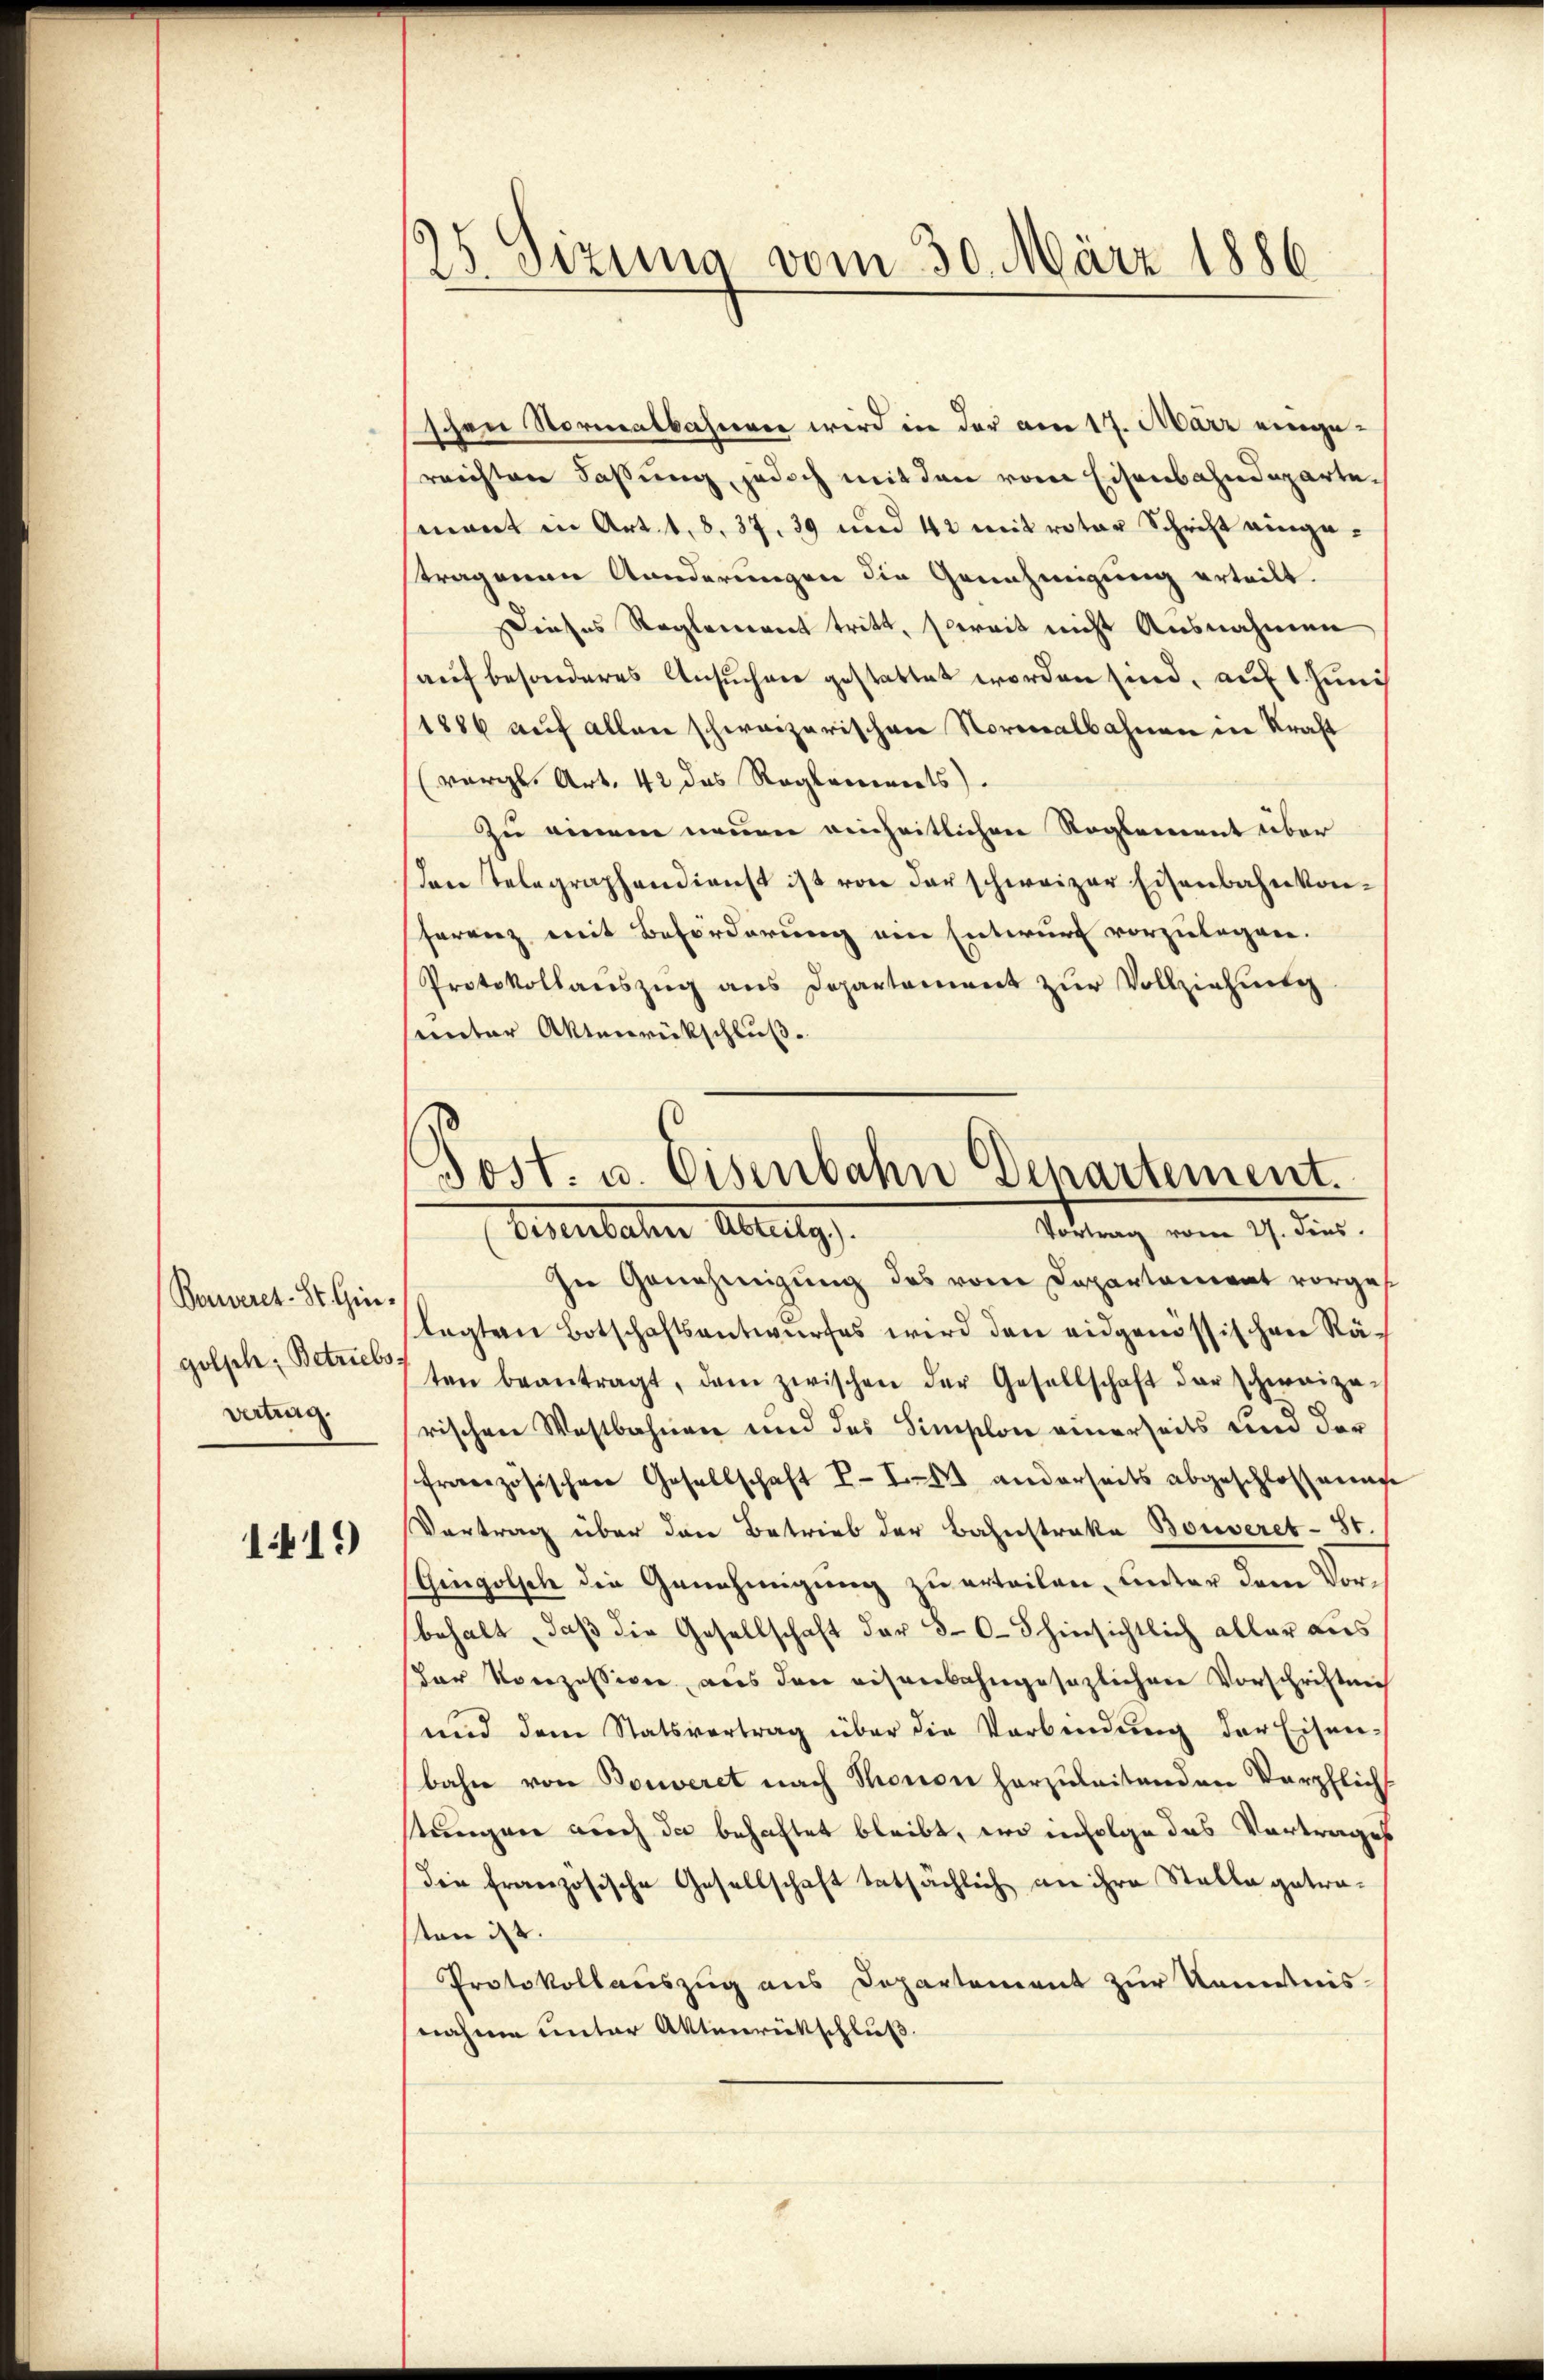
Beweret. St. Gingolph, Betriebsvertrag.

1419)

25. Sizung vom 30. März 1886

schen Normalbahnerer wird in der am 17. März eingereichten Fassung, jedoch mit den vom Eisenbahndepartemant in Art. 1, 8. 37. 39 und 42 mit rotar Schrift eingestragenen Kanderungen die Genehmigung erteilt.
ieses Reglement tritt, soweit nicht Ausnahmen
auf besonderes Ansuchen gestattet worden sind, auf 1. Juni
1886 auf allen schweizerischen Normalbahnen in Kraft
(vergl. Art. 42 des Reglements
Zu einem neuen reiheitlichen Reglement über
den Telegraphendienst ist von der schweizer Eisenbahnkon-
ferenz mit Beförderung ein Entwurf vorzulegen.
Protokollaŭszŭg ans Departament zŭr Vollziehung
sunter Aktenrückschluß.
In Genehmigŭng des vom Departament vorgelegten Botschaftsantwŭrfes wird den eidgenössischen Rä-
ten beantragt, dem zwischen der Gesellschaft der schweize-
rischen Westbahnen und des Simplon einerseits und der
französischen Gesellschaft II. anderseits abgeschloßenen
Vertrag über den Betrieb der Bahnstrakte Bouveret- 81.
(Gingolsch die Genehmigung zu erteilen, unter dem Vorbehalt, daß die Gesellschaft der 80. hinsichtlich aller aus
dor Konzession, aus den eisenbahngesezlichen Vorschriften
und dem Statsvertrag über die Verbindung der Eisen-
bahn von Bonveret nach Thronon herzuleitenden Verpflich
stungen auch da behaftet bleibt, wo infolge das Vortrages
die französische Gesellschaft tatsächlich an ihre Stalla getraten ist.
Protokollauszug aus Departement zur Kenntnis
nahme unter Aktenrütschluß

Post- u. Eisenbahn Departement.
Vortrag vom 27. dies
Eisenbachen Abzug